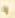
إذا